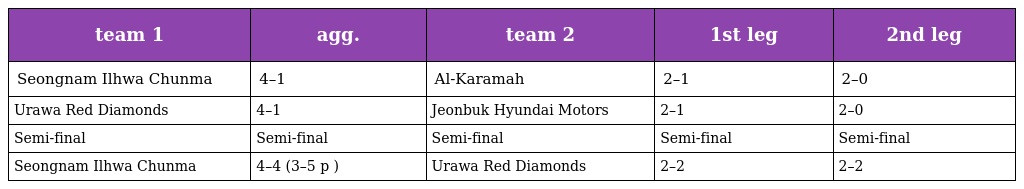
| team 1 | agg. | team 2 | 1st leg | 2nd leg |
 | --- | --- | --- | --- | --- |
 | Seongnam Ilhwa Chunma | 4–1 | Al-Karamah | 2–1 | 2–0 |
 | Urawa Red Diamonds | 4–1 | Jeonbuk Hyundai Motors | 2–1 | 2–0 |
 | Semi-final | Semi-final | Semi-final | Semi-final | Semi-final |
 | Seongnam Ilhwa Chunma | 4–4 (3–5 p ) | Urawa Red Diamonds | 2–2 | 2–2 |